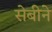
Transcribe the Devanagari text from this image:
सेबीने